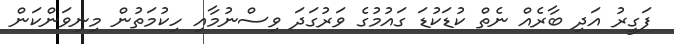
ފަގީރު އަދި ބާރެއް ނެތް ކުޑަކުޑަ ގައުމުގެ ވަރުގަދަ ވިސްނުމާއި ހިކުމަތުން މިނިވަންކަން